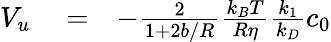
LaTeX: \begin{array}{rlr}{V_{u}}&{{}=}&{-\frac{2}{1+2b/R}\frac{k_{B}T}{R\eta}\frac{k_{1}}{k_{D}}c_{0}}\end{array}